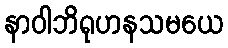
နာဝါဘိရုဟနသမယေ